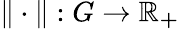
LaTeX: \| \cdot\| :G\to\mathbb{R_{+}}